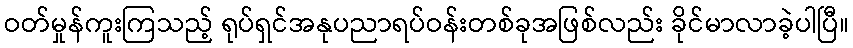
ဝတ်မှုန်ကူးကြသည့် ရုပ်ရှင်အနုပညာရပ်ဝန်းတစ်ခုအဖြစ်လည်း ခိုင်မာလာခဲ့ပါပြီ။